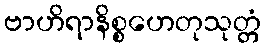
ဗာဟိရာနိစ္စဟေတုသုတ္တံ